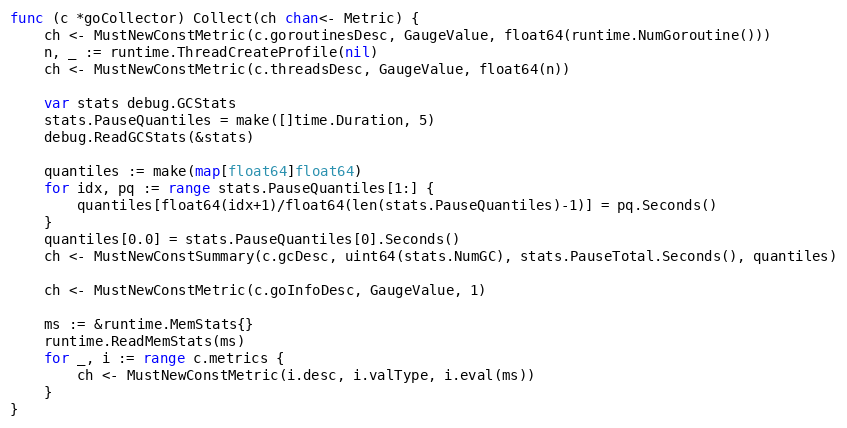
Language: Go
func (c *goCollector) Collect(ch chan<- Metric) {
	ch <- MustNewConstMetric(c.goroutinesDesc, GaugeValue, float64(runtime.NumGoroutine()))
	n, _ := runtime.ThreadCreateProfile(nil)
	ch <- MustNewConstMetric(c.threadsDesc, GaugeValue, float64(n))

	var stats debug.GCStats
	stats.PauseQuantiles = make([]time.Duration, 5)
	debug.ReadGCStats(&stats)

	quantiles := make(map[float64]float64)
	for idx, pq := range stats.PauseQuantiles[1:] {
		quantiles[float64(idx+1)/float64(len(stats.PauseQuantiles)-1)] = pq.Seconds()
	}
	quantiles[0.0] = stats.PauseQuantiles[0].Seconds()
	ch <- MustNewConstSummary(c.gcDesc, uint64(stats.NumGC), stats.PauseTotal.Seconds(), quantiles)

	ch <- MustNewConstMetric(c.goInfoDesc, GaugeValue, 1)

	ms := &runtime.MemStats{}
	runtime.ReadMemStats(ms)
	for _, i := range c.metrics {
		ch <- MustNewConstMetric(i.desc, i.valType, i.eval(ms))
	}
}